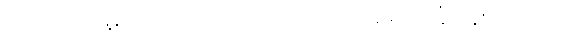
သို့သော် မ္လယ်တာသည်သာလျှင် အရင်းခံ ဖြစ်သည်။